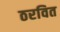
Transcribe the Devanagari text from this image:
ठरवित